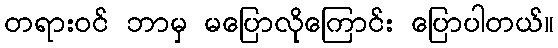
တရားဝင် ဘာမှ မပြောလိုကြောင်း ပြောပါတယ်။